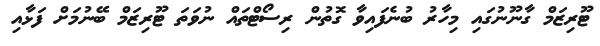
ޓޫރިޒަމް ގާނޫނުގައި މިހާރު ބުނެފައިވާ ގޮތުން ރިސޯޓްތައް ނުވަތަ ޓޫރިޒަމް ބޭނުމަށް ފަޅާއި